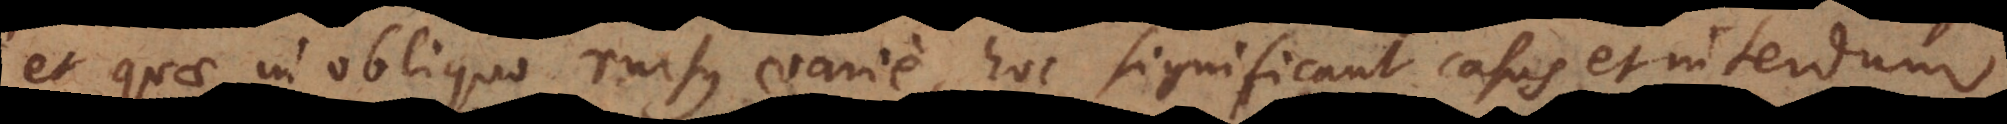
et quae in obliquo rursus varie, hoc significant casus et interdum